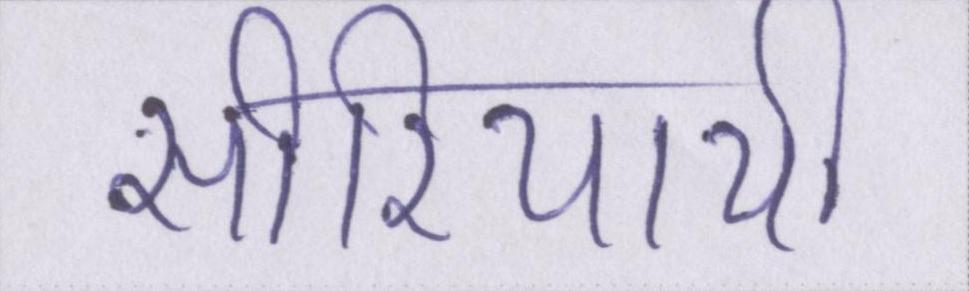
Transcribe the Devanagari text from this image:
सीरियायी